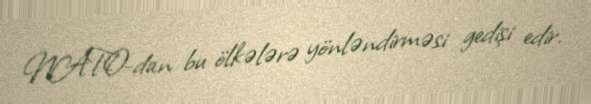
NATO-dan bu ölkələrə yönləndirməsi gedişi edir.